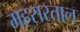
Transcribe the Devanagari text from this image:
महसरताल